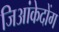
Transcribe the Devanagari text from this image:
जिआंकेदोंग